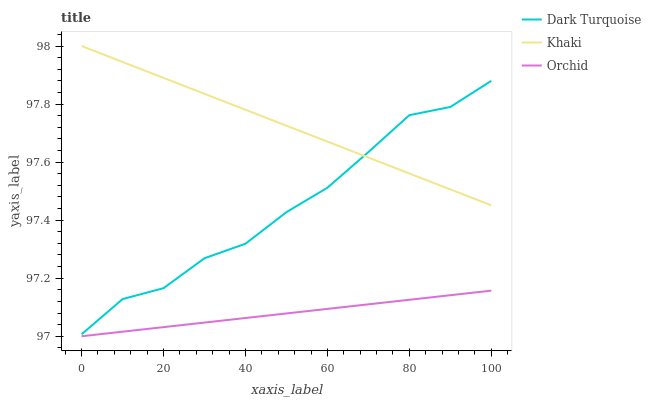
| xaxis_label | Dark Turquoise | Khaki | Orchid |
 | --- | --- | --- | --- |
 | 0 | 97 | 98 | 97 |
 | 10 | 97.1 | 97.9 | 97 |
 | 20 | 97.2 | 97.9 | 97 |
 | 30 | 97.3 | 97.8 | 97 |
 | 40 | 97.3 | 97.8 | 97.1 |
 | 50 | 97.4 | 97.7 | 97.1 |
 | 60 | 97.5 | 97.7 | 97.1 |
 | 70 | 97.6 | 97.6 | 97.1 |
 | 80 | 97.8 | 97.6 | 97.1 |
 | 90 | 97.8 | 97.5 | 97.1 |
 | 100 | 97.9 | 97.5 | 97.2 |